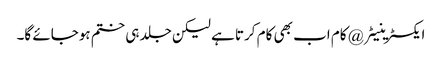
ایکسٹرینیٹر @ کام اب بھی کام کرتا ہے لیکن جلد ہی ختم ہوجائے گا۔